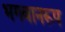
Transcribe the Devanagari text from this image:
भगवानरूप